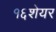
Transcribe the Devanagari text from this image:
१६शेयर